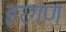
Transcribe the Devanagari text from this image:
हरगण